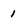
Character: 1